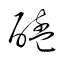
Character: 醯